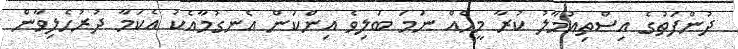
ދުންފަތުގެ އިސްތިއުމާލު ކުރާ މީހެއް ނަމަ ބަލިވެ އިންކަން އެނގުމާއެކު އެކަމާ ދުރުހެލިވާން